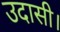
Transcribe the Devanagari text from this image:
उदासी।